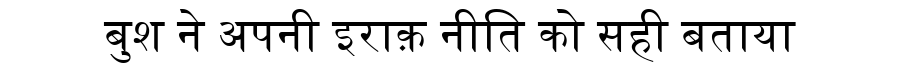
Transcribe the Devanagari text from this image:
बुश ने अपनी इराक़ नीति को सही बताया